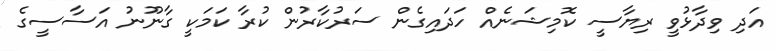
އަދި ވިދާޅުވީ ރިޔާސީ ކޮމިޝަނެއް ހަދައިގެން ސަރުކާރުން ކުރާ ކަމަކީ ގާނޫނު އަސާސީގެ